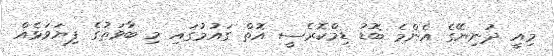
މިއީ ދުނިޔޭގެ އެންމެ ބޮޑު ޑިމްކޮރެސީ އޮތް ގައުމުގައި މި ބާވަތުގެ ފިޔަވަޅެއް